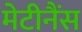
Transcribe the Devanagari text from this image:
मेटीनैंस